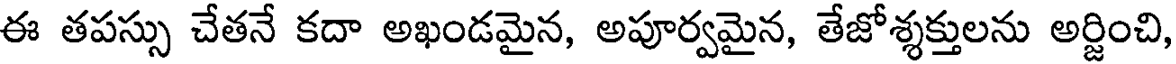
ఈ తపస్సు చేతనే కదా అఖండమైన, అపూర్వమైన, తేజోశ్శక్తులను అర్జించి,